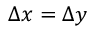
\Delta x = \Delta y